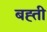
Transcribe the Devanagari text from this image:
बह्ती